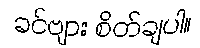
ခင်ဗျား စိတ်ချပါ။